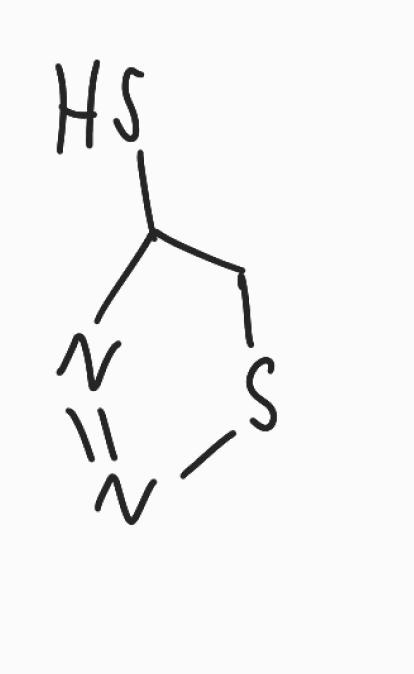
Simplified molecular-input line-entry system (SMILES) notation of the given molecule:
C1C(N=NS1)S